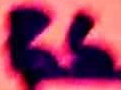
Text: R6